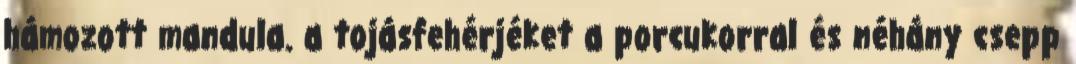
hámozott mandula. a tojásfehérjéket a porcukorral és néhány csepp